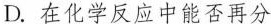
D.在化学反应中能否再分